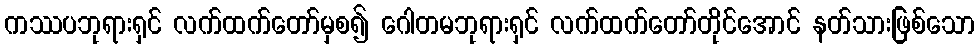
ကဿပဘုရားရှင် လက်ထက်တော်မှစ၍ ဂေါတမဘုရားရှင် လက်ထက်တော်တိုင်အောင် နတ်သားဖြစ်သော